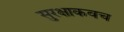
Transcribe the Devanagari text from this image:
सुरक्षाकवच